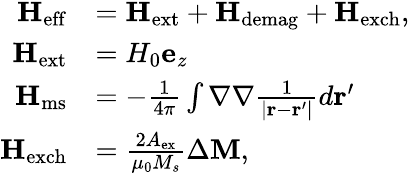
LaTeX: \begin{array}{rl}{\mathbf{H}_{\mathrm{eff}}}&{=\mathbf{H}_{\mathrm{ext}}+\mathbf{H}_{\mathrm{demag}}+\mathbf{H}_{\mathrm{exch}},}\\ {\mathbf{H}_{\mathrm{ext}}}&{=H_{0}\mathbf{e}_{z}}\\ {\mathbf{H}_{\mathrm{ms}}}&{=-\frac{1}{4\pi}\int\nabla\nabla\frac{1}{\lvert\mathbf{r}-\mathbf{r}^{\prime}\rvert}d\mathbf{r}^{\prime}}\\ {\mathbf{H}_{\mathrm{exch}}}&{=\frac{2A_{\mathrm{ex}}}{\mu_{0}M_{s}}\Delta\mathbf{M},}\end{array}